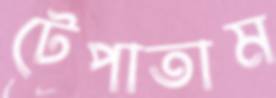
টেপাতাম